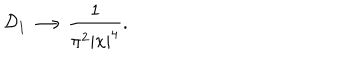
{ \cal D } _ { 1 } \longrightarrow \frac { 1 } { \pi ^ { 2 } \left| x \right| ^ { 4 } } .